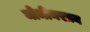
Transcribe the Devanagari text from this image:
मोमीनखान